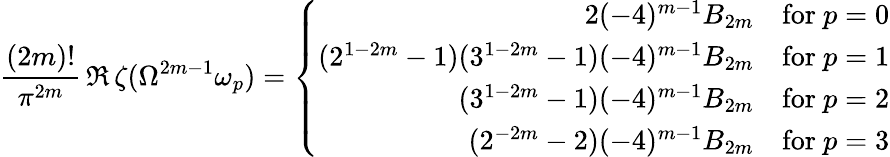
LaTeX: \frac{(2m)!}{\pi^{2m}}\, \Re\, \zeta(\Omega^{2m-1}\omega_{p})=\left\{ \begin{array}{rrr}{{2(-4)^{m-1}B_{2m}}}&{{\mathrm{for~}p=0}}\\ {{(2^{1-2m}-1)(3^{1-2m}-1)(-4)^{m-1}B_{2m}}}&{{\mathrm{for~}p=1}}\\ {{(3^{1-2m}-1)(-4)^{m-1}B_{2m}}}&{{\mathrm{for~}p=2}}\\ {{(2^{-2m}-2)(-4)^{m-1}B_{2m}}}&{{\mathrm{for~}p=3}}\end{array}\right.